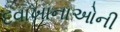
દવાખાનાઓની